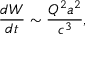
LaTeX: \frac { d W } { d t } \sim \frac { Q ^ { 2 } a ^ { 2 } } { c ^ { 3 } } ,